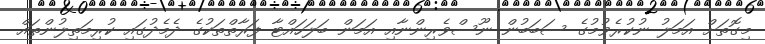
މިގޮތަށް އަމަލު ނުކުރެވުމުގެ ސަބަބުން ނޫސްވެރިންނާއި އަމަން ބަލަހައްޓާ ފަރާތްތަކުގެ ދެމެދުގައި ކުރިމަތިލުންތައް